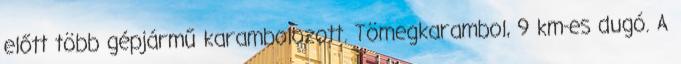
előtt több gépjármű karambolozott. Tömegkarambol, 9 km-es dugó. A